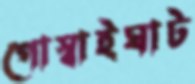
গোস্বাইঘাট